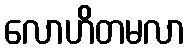
လောဟိတမလာ